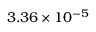
3 . 3 6 \times 1 0 ^ { - 5 }